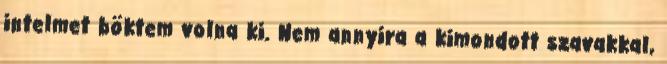
intelmet böktem volna ki. Nem annyira a kimondott szavakkal,